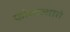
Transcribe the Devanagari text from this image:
फोगाज्जारो